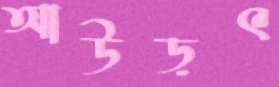
আউড়ৎ